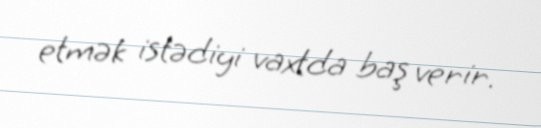
etmək istədiyi vaxtda baş verir.